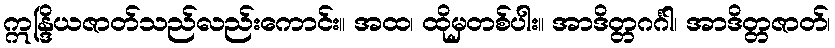
ဣန္ဒြိယဇာတ်သည်လည်းကောင်း။ အထ၊ ထိုမှတစ်ပါး။ အာဒိတ္တဂင်္ဂါ၊ အာဒိတ္တဇာတ်၊